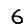
Digit: 6